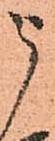
被